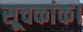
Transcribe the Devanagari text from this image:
सूचकांक।